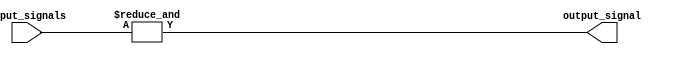
module EightInputAND (
    input [7:0] input_signals,
    output output_signal
);

assign output_signal = (&input_signals);

endmodule